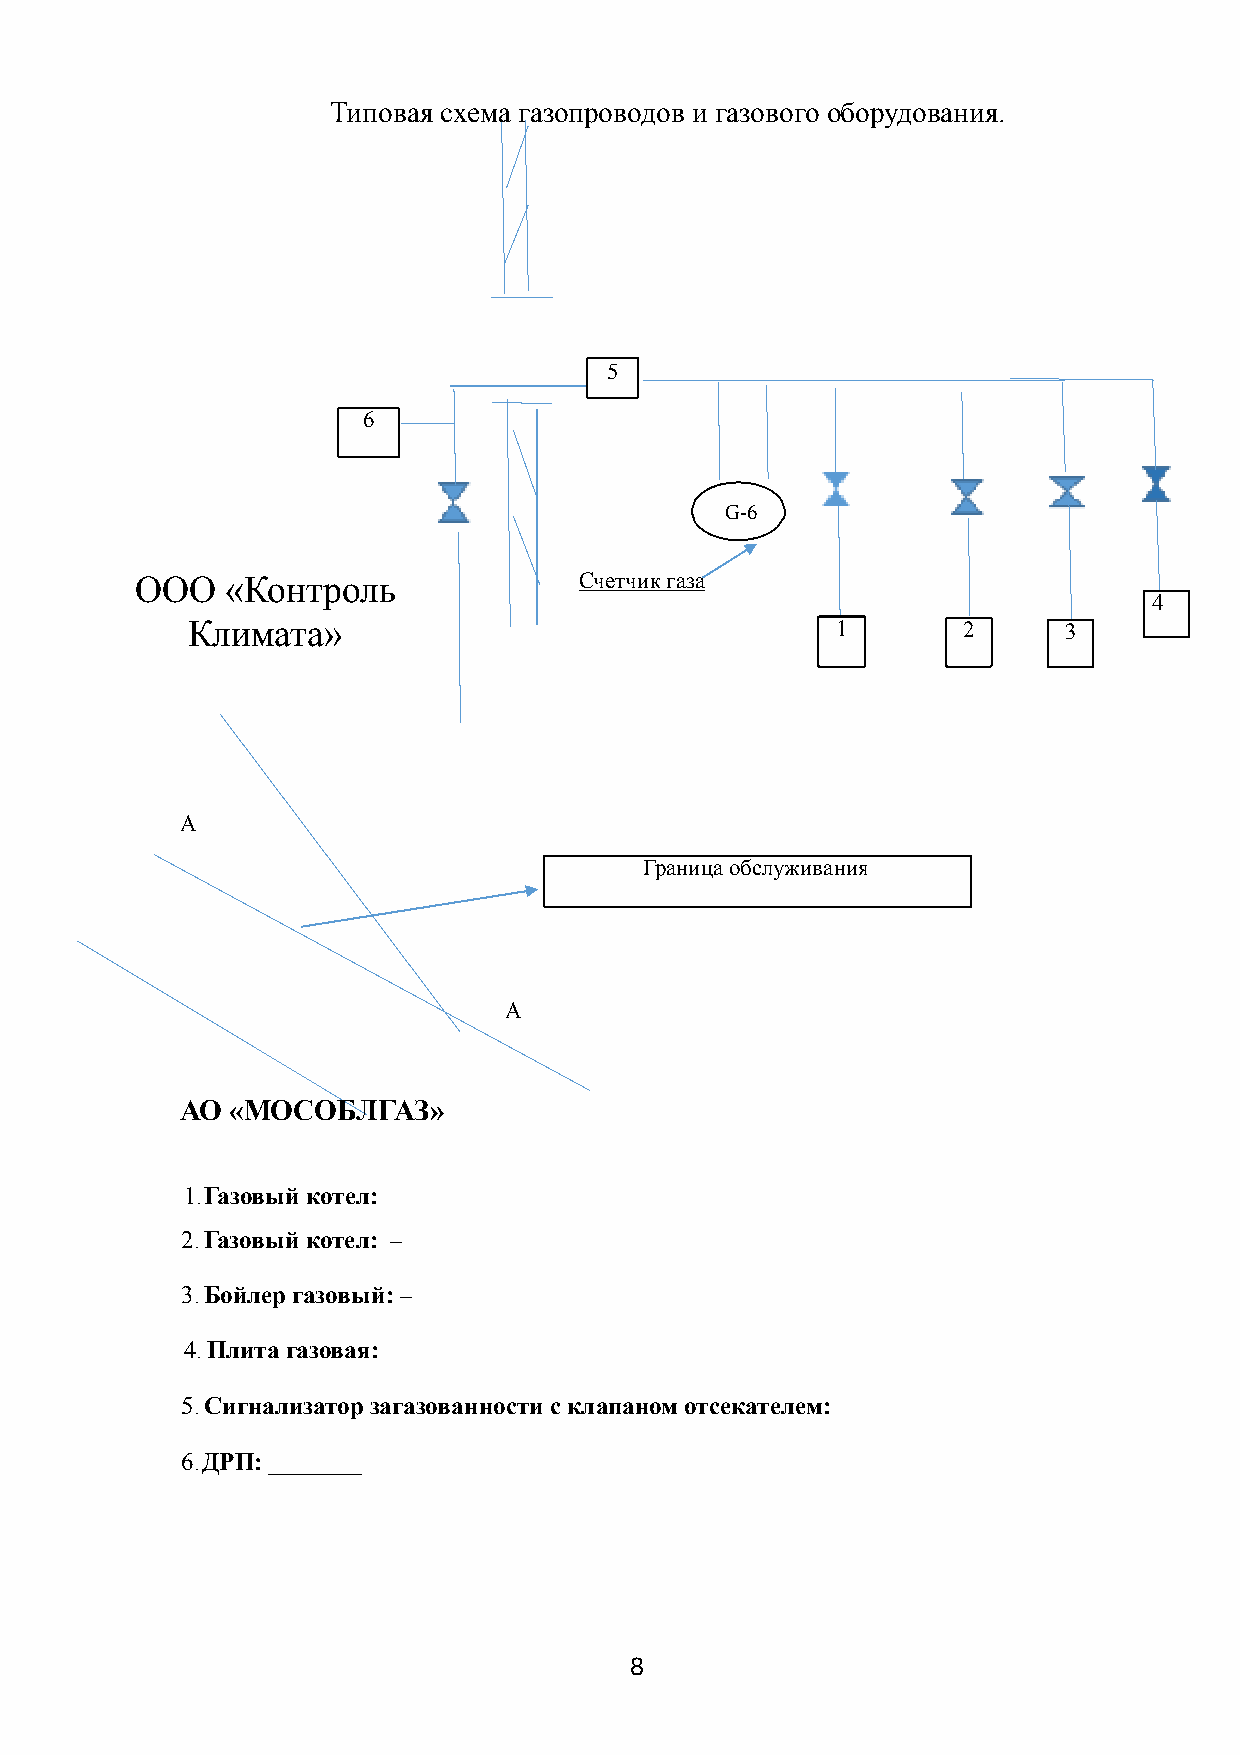
Типовая схема газопроводов и газового оборудования.
 5
 6
 G-6
 ООО   «Контроль              Счетчик газа
 4
 ОКОлОи «мОаТтОа»ПЛЕКС»                     1        2     3
 А
 Граница обслуживания
 А
 АО «МОСОБЛГАЗ»
 1.Газовый котел:
 2.Газовый котел: –
 3.Бойлер газовый: –
 4.Плита газовая:
 5.Сигнализатор загазованности с клапаном отсекателем:
 6.ДРП: _________
 8